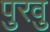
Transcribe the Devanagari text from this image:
पुरवु